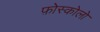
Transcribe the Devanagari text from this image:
फ़ोस्कोलो